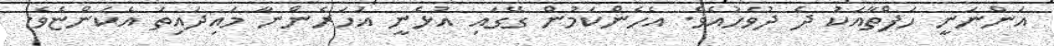
އަންނަނީ ހަފްތާއަކު ދެ ދުވަހުއެވެ. އެހެންކަމުން ގޭގައި އުޅެނީ އަހަރެންނާ މައިދައިތަ އެކަންޏެވެ.